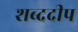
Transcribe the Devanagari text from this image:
शब्ददीप